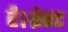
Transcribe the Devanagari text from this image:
है।ब्रेस्ट